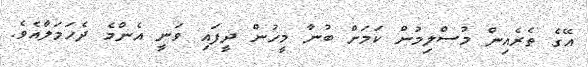
އޭގެ ތެރެއިން މުސްލިމުން ކަމަށް ބުނާ މީހުން ދީފައި ވަނީ އެންމެ ދެހަމަލާއެވެ.